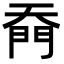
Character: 𭑙